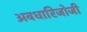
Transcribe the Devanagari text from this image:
अवधारिजोजी